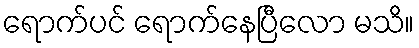
ရောက်ပင် ရောက်နေပြီလော မသိ။